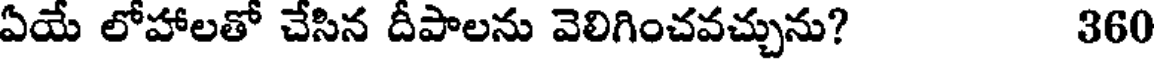
ఏయే లోహాలతో చేసిన దీపాలను వెలిగించవచ్చును? 360